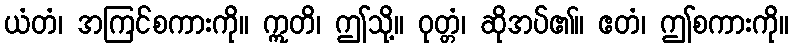
ယံတံ၊ အကြင်စကားကို။ ဣတိ၊ ဤသို့။ ဝုတ္တံ၊ ဆိုအပ်၏။ ဧတံ၊ ဤစကားကို။